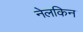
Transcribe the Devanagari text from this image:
नेलकिन